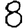
Digit: 8